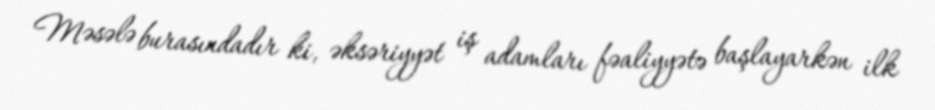
Məsələ burasındadır ki, əksəriyyət iş adamları fəaliyyətə başlayarkən ilk